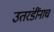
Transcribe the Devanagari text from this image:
उतरंडींनाच